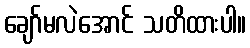
ချော်မလဲအောင် သတိထားပါ။